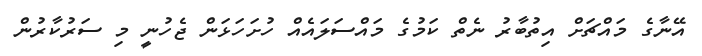
އޭނާގެ މައްޗަށް އިތުބާރު ނެތް ކަމުގެ މައްސަލައެއް ހުށަހަޅަން ޖެހުނީ މި ސަރުކާރުން